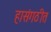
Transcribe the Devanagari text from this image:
हासंगठीत